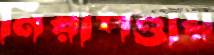
নিরাপত্তায়